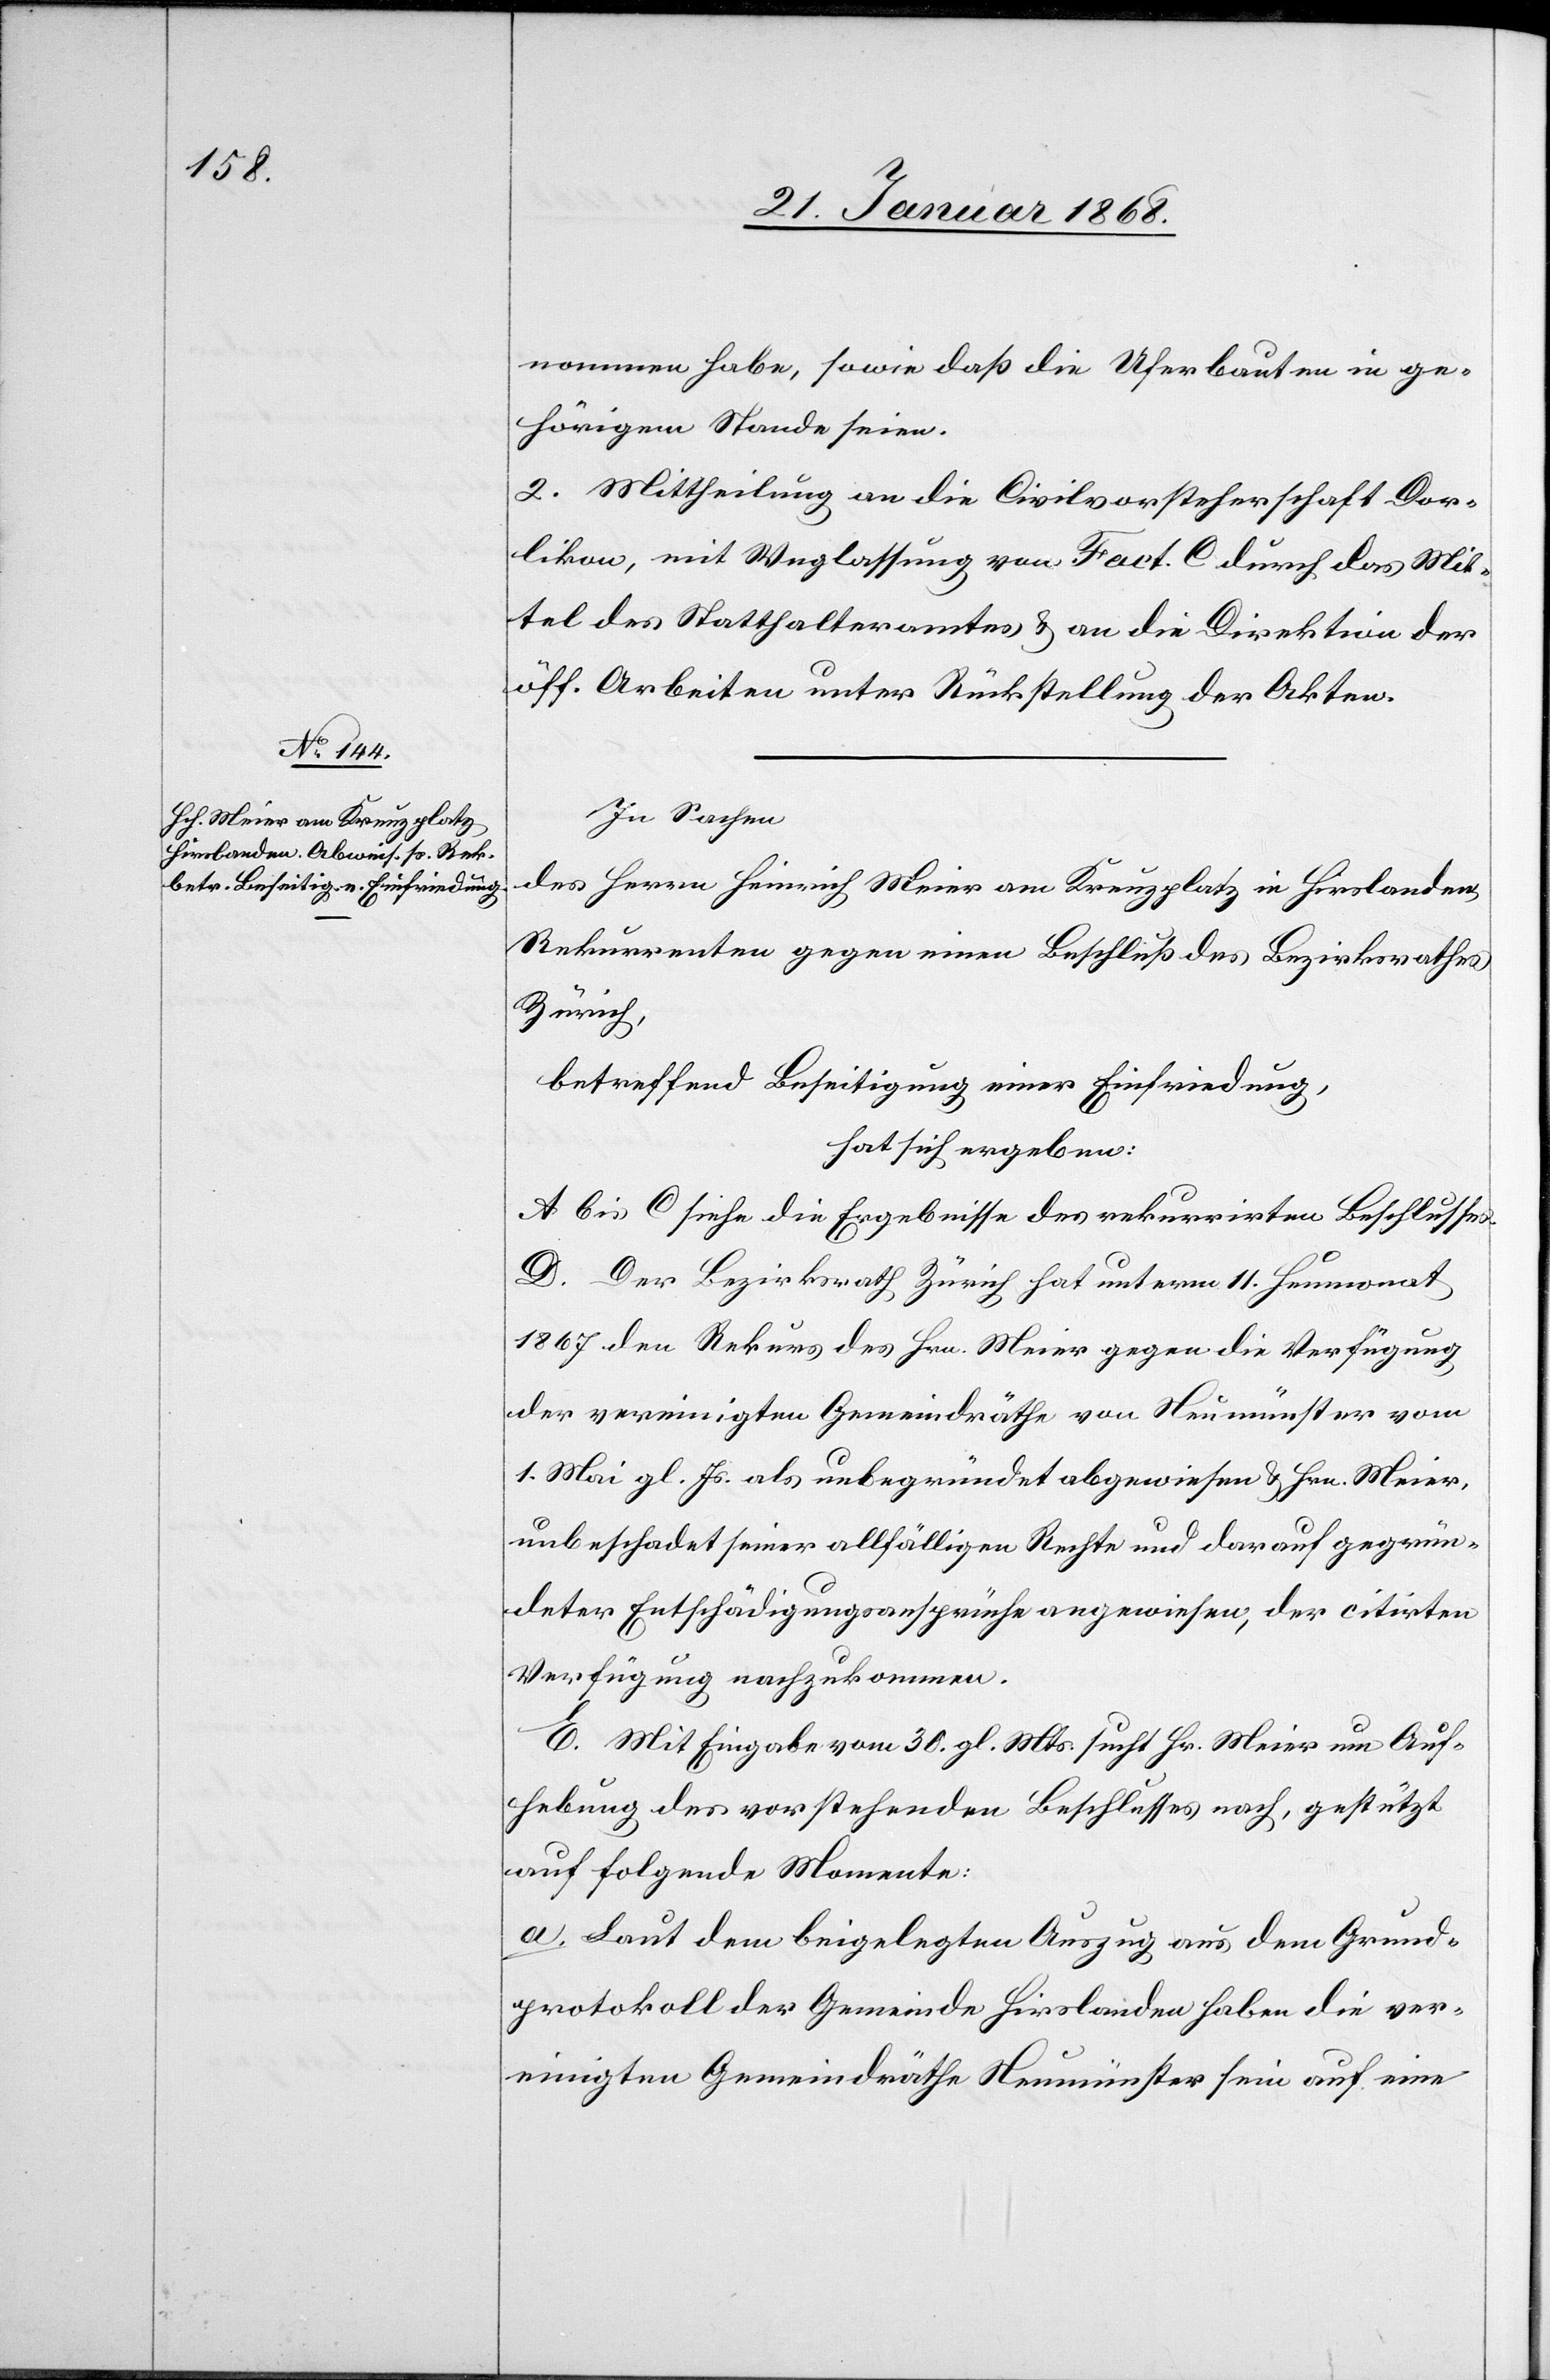
nommen habe, sowie daß die Uferbauten in ge¬
hörigem Stande seien.
2. Mittheilung an die Civilvorsteherschaft Dor¬
likon, mit Weglassung von Fact. C durch das Mit¬
tel des Statthalteramtes & an die Direktion der
öff. Arbeiten unter Rückstellung der Akten.
In Sachen
des Herrn Heinrich Meier am Kreuzplatz in Hirslanden,
Rekurrenten gegen einen Beschluß des Bezirksrathes
Zürich,
betreffend Beseitigung einer Einfriedung,
hat sich ergeben:
A bis C siehe die Ergebnisse des rekurrirten Beschlusses.
D. Der Bezirksrath Zürich hat unterm 11. Heumonat
1867 den Rekurs des Hrn. Meier gegen die Verfügung
der vereinigten Gemeindräthe von Neumünster vom
1. Mai gl. Js. als unbegründet abgewiesen & Hrn. Meier,
unbeschadet seiner allfälligen Rechte und darauf gegrün¬
deter Entschädigungsansprüche angewiesen, der citirten
Verfügung nachzukommen.
E. Mit Eingabe vom 30. gl. Mts. sucht Hr. Meier um Auf¬
hebung des vorstehenden Beschlusses nach, gestützt
auf folgende Momente:
a. Laut dem beigelegten Auszug aus dem Grund¬
protokoll der Gemeinde Hirslanden haben die ver¬
einigten Gemeindräthe Neumünster sein auf eine